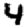
Digit: 4